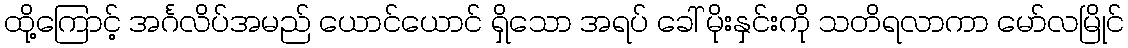
ထို့ကြောင့် အင်္ဂလိပ်အမည် ယောင်ယောင် ရှိသော အရပ် ခေါ် မိုးနှင်းကို သတိရလာကာ မော်လမြိုင်